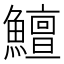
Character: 鱣